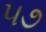
૫૭